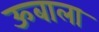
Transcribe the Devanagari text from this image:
ऊबाला